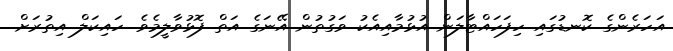
އަހަރެންގެ ކޮނޑުގައި ހިފަހައްޓާލަން އުޅުމާއިއެކު ވަގުތުން އޭނަގެ އަތް ފޮޅުވާލީމެވެ. ހައިކަލް އިތުރަށް